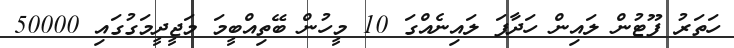
ހަތަރު ފޫޓުން ލައިން ހަދާފަ ލައިނެއްގަ 10 މީހުން ބޭތިއްބީމަ މަޖީދީމަގުގައި 50000